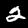
Label: 2